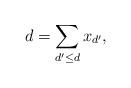
LaTeX: \begin{align*}d = \sum_{d'\leq d} x_{d'},\end{align*}